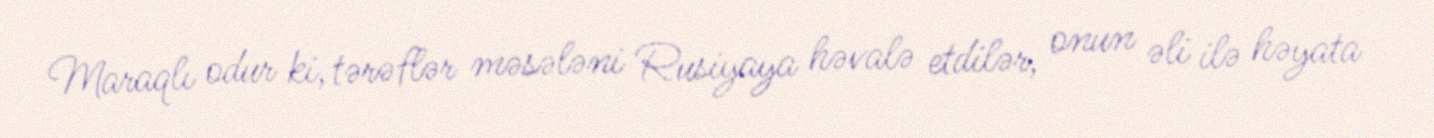
Maraqlı odur ki, tərəflər məsələni Rusiyaya həvalə etdilər, onun əli ilə həyata